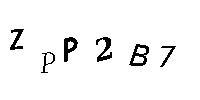
ZPP2B7